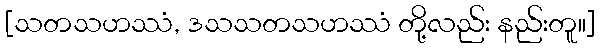
[သတသဟဿံ, ဒသသတသဟဿံ တို့လည်း နည်းတူ။]